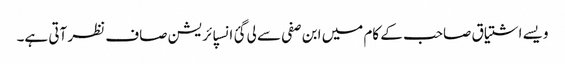
ویسے اشتیاق صاحب کے کام میں ابن صفی سے لی گئ انسپائریشن صاف نظر آتی ہے۔